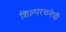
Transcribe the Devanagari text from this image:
शिल्परचनेची